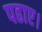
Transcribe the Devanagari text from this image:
पढाए।